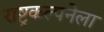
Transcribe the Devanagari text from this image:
राष्ट्रकल्पनेला